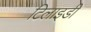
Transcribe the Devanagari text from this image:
टिलाइडी